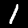
Digit: 1